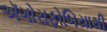
ઍગોરાફોબિયાથી